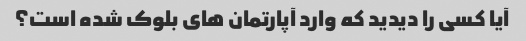
آیا کسی را دیدید که وارد آپارتمان های بلوک شده است؟